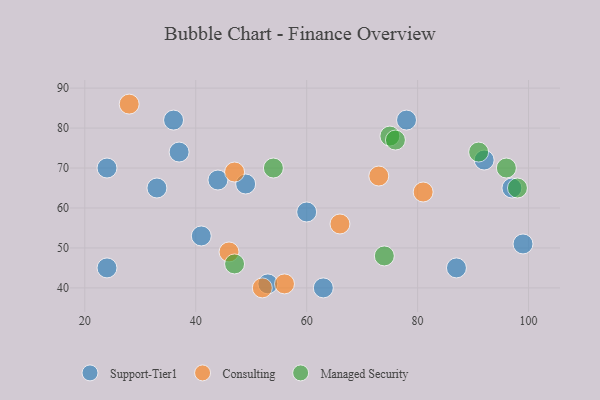
{"axis": {"x": "GDP", "y": "Life Expectancy"}, "legend": ["Consulting", "Managed Security", "Support-Tier1"], "data": [{"x": "24", "y": 45, "type": "Support-Tier1"}, {"x": "36", "y": 82, "type": "Support-Tier1"}, {"x": "24", "y": 70, "type": "Support-Tier1"}, {"x": "44", "y": 67, "type": "Support-Tier1"}, {"x": "99", "y": 51, "type": "Support-Tier1"}, {"x": "33", "y": 65, "type": "Support-Tier1"}, {"x": "97", "y": 65, "type": "Support-Tier1"}, {"x": "49", "y": 66, "type": "Support-Tier1"}, {"x": "37", "y": 74, "type": "Support-Tier1"}, {"x": "53", "y": 41, "type": "Support-Tier1"}, {"x": "60", "y": 59, "type": "Support-Tier1"}, {"x": "63", "y": 40, "type": "Support-Tier1"}, {"x": "41", "y": 53, "type": "Support-Tier1"}, {"x": "92", "y": 72, "type": "Support-Tier1"}, {"x": "87", "y": 45, "type": "Support-Tier1"}, {"x": "78", "y": 82, "type": "Support-Tier1"}, {"x": "52", "y": 40, "type": "Consulting"}, {"x": "28", "y": 86, "type": "Consulting"}, {"x": "66", "y": 56, "type": "Consulting"}, {"x": "73", "y": 68, "type": "Consulting"}, {"x": "56", "y": 41, "type": "Consulting"}, {"x": "47", "y": 69, "type": "Consulting"}, {"x": "81", "y": 64, "type": "Consulting"}, {"x": "46", "y": 49, "type": "Consulting"}, {"x": "75", "y": 78, "type": "Managed Security"}, {"x": "74", "y": 48, "type": "Managed Security"}, {"x": "47", "y": 46, "type": "Managed Security"}, {"x": "91", "y": 74, "type": "Managed Security"}, {"x": "98", "y": 65, "type": "Managed Security"}, {"x": "76", "y": 77, "type": "Managed Security"}, {"x": "54", "y": 70, "type": "Managed Security"}, {"x": "96", "y": 70, "type": "Managed Security"}]}